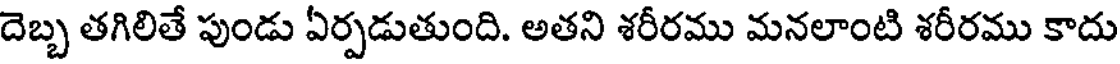
దెబ్బ తగిలితే పుండు ఏర్పడుతుంది. అతని శరీరము మనలాంటి శరీరము కాదు